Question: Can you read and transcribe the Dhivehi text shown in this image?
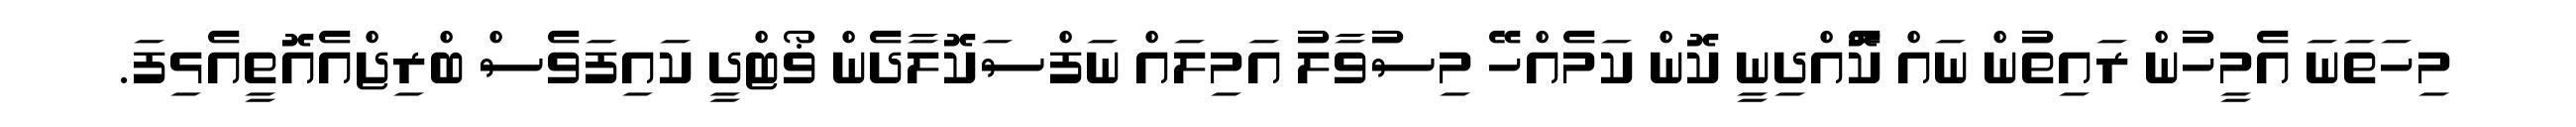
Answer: މިހަތަނަ އެމީހުން ރައިތުން ނައް ކޮެއްދިނީ ކޮން ކަމެއްހޭ މިސުވާލު އަމިލައް ނަފްސަކޮލާދެން ޥޯޓްދީ ކައިފަވެސް ބްރިޖްއެއޮތީއެޅިފަ.